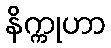
နိက္ကုဟာ